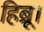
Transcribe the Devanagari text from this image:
हिब्रू।